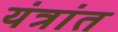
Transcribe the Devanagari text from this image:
यंत्रांत